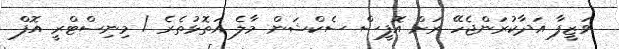
ވަޒީފާ އަދާކުރަންޖެހޭ ރަށް އޮފީސް ސެކްޝަން މާލެ އަތޮޅުތެރެ / މިނިސްޓްރީ އޮފް